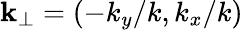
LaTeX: \mathbf{k}_{\perp}=\left(-k_{y}/k,k_{x}/k\right)